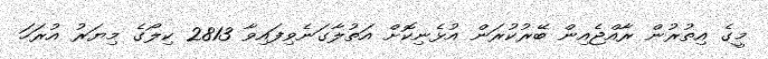
މީގެ އިތުރުން ރާއްޖެއިން ބޭރުކުރަން އުޅެނިކޮށް އަތުލާގަނެވިފައިވާ 2813 ކިލޯގެ މިޔަރު އުރަހަ